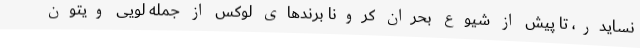
نسایدر، تا پیش از شیوع بحران کرونا برندهای لوکس از جمله لویی ویتون